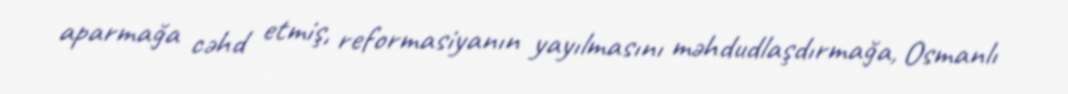
aparmağa cəhd etmiş, reformasiyanın yayılmasını məhdudlaşdırmağa, Osmanlı